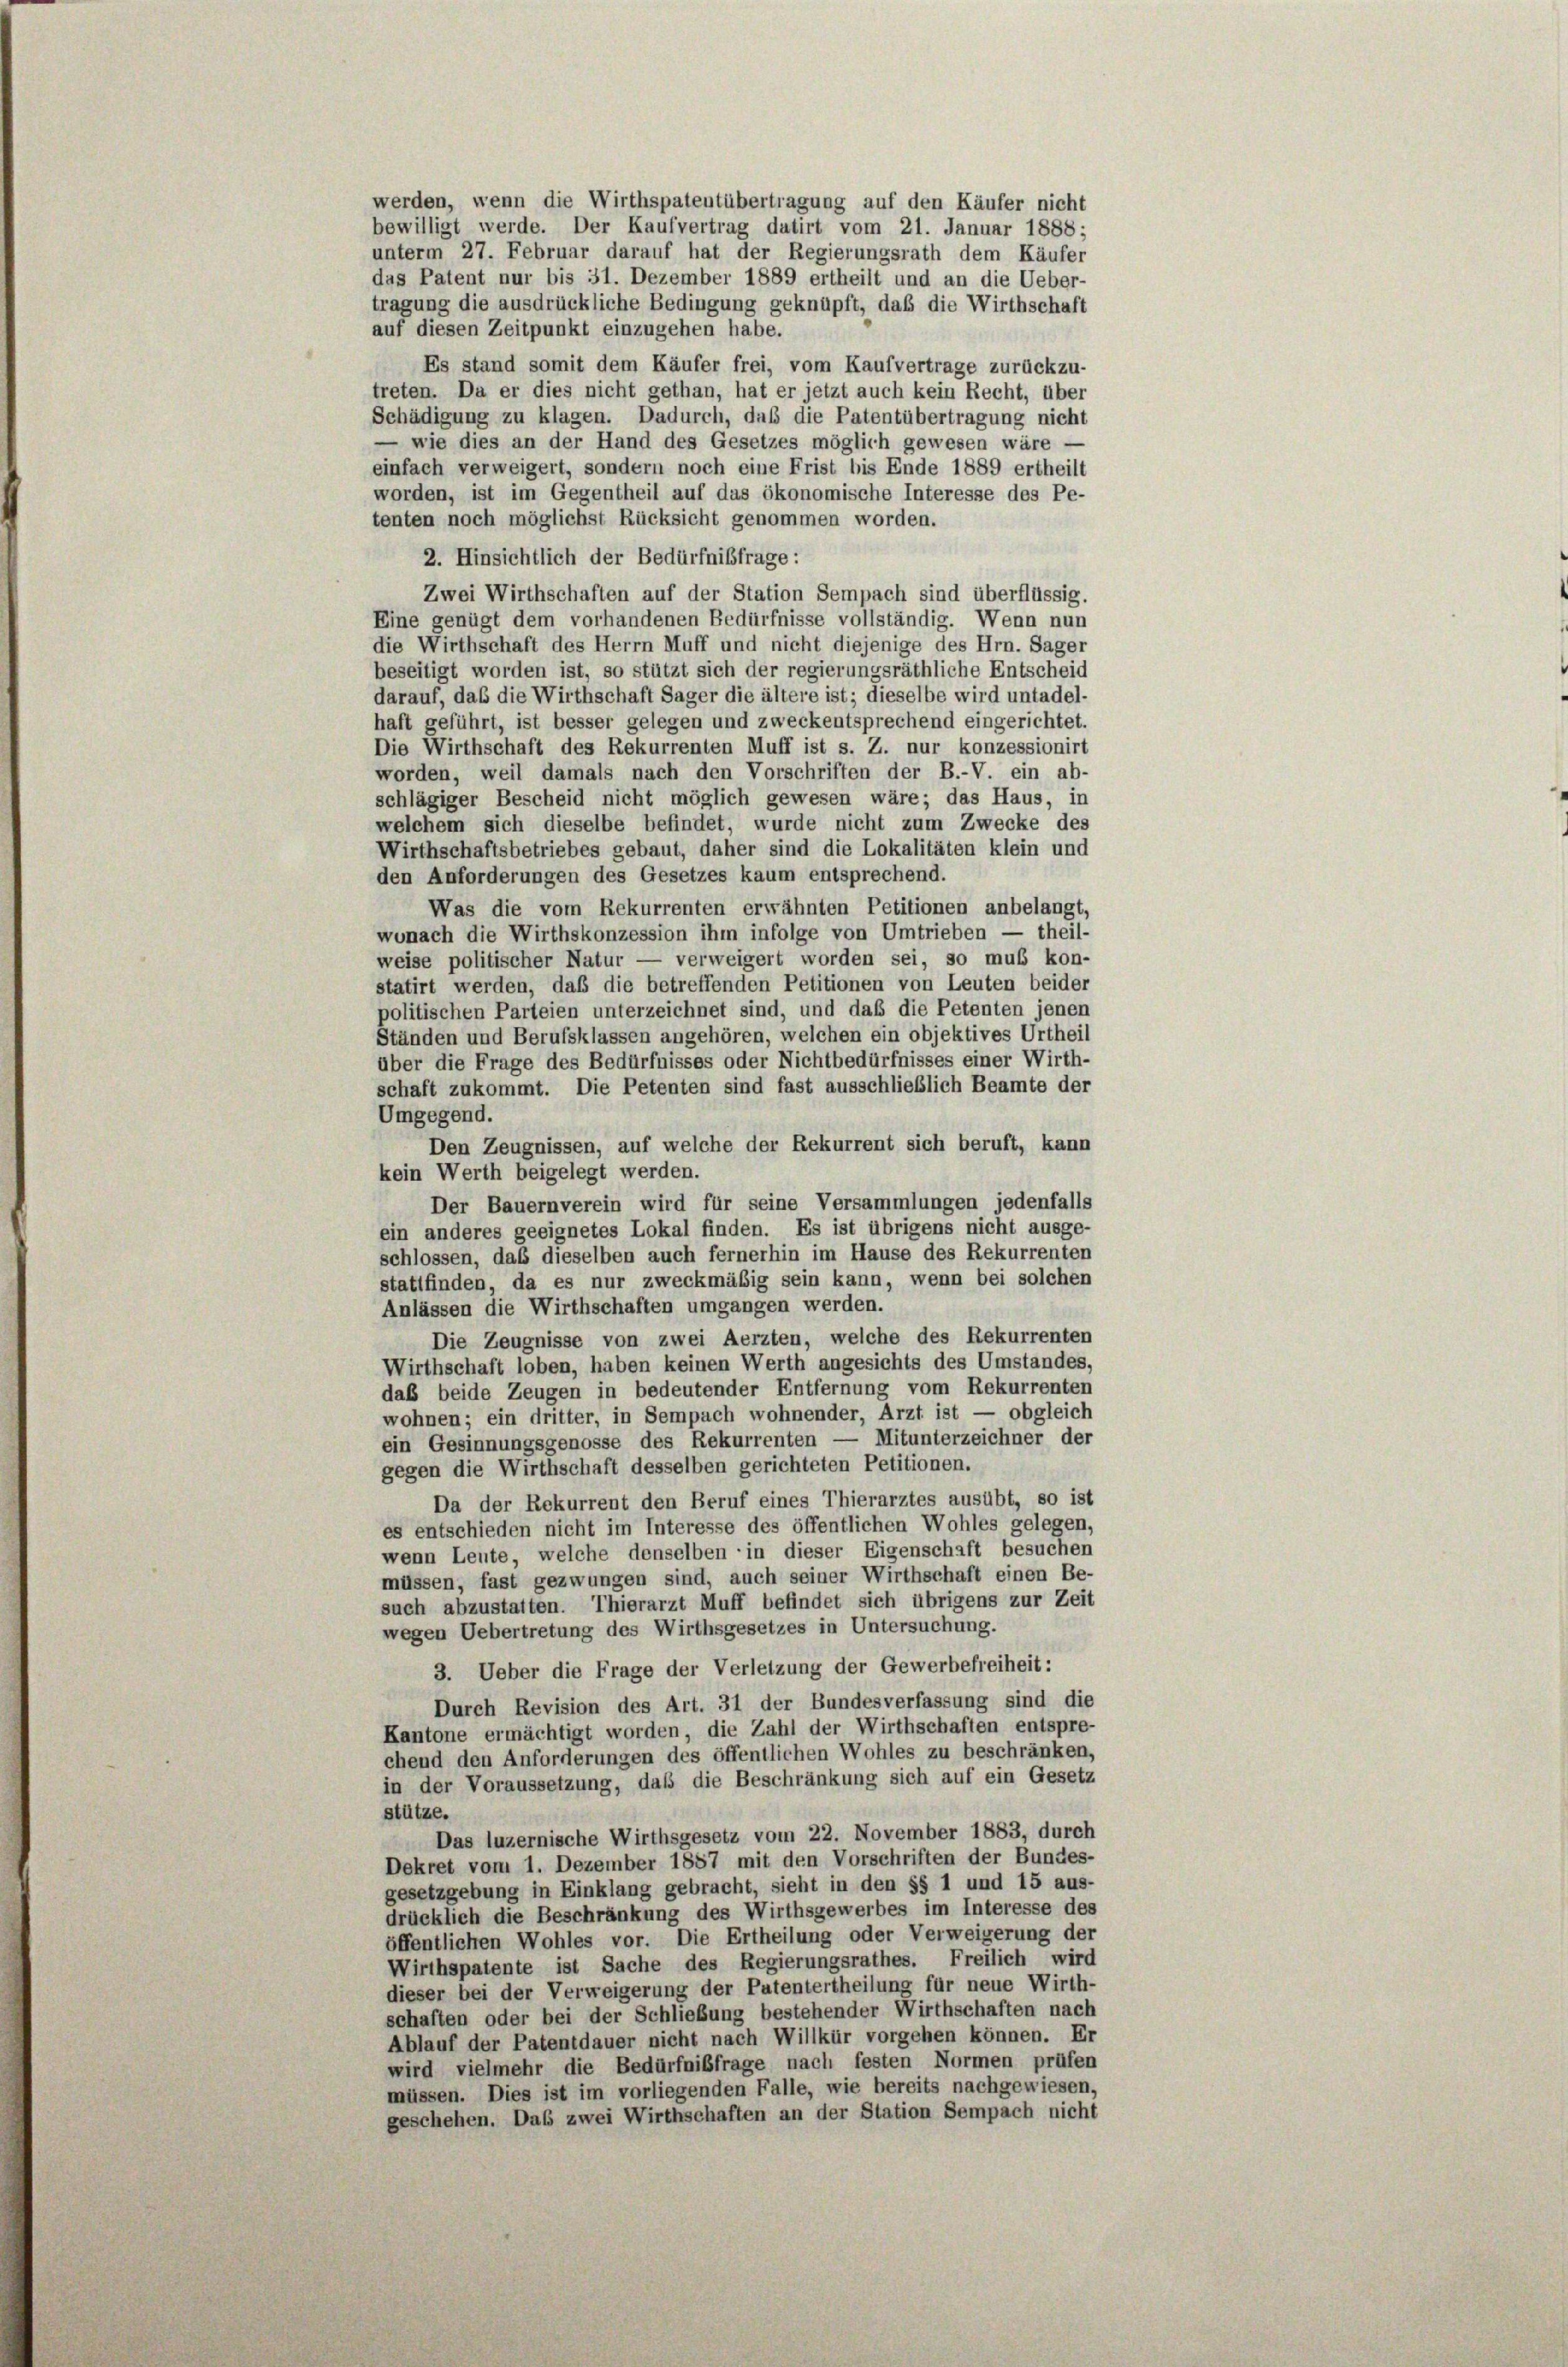
werden, wenn die Wirthspatentübertragung auf den Käufer nicht
bewilligt werde. Der Kaufvertrag datirt vom 21. Januar 1888;
unterm 27. Februar darauf hat der Regierungsrath dem Käufer
das Patent nur bis 31. Dezember 1889 ertheilt und an die Ueber-
tragung die ausdrückliche Bedingung geknüpft, daß die Wirthschaft
auf diesen Zeitpunkt einzugehen habe.
Es stand somit dem Käufer frei, vom Kaufvertrage zurückzu-
treten. Da er dies nicht gethan, hat er jetzt auch kein Recht, über
Schädigung zu klagen. Dadurch, daß die Patentübertragung nicht
— wie dies an der Hand des Gesetzes möglich gewesen wäre —
einfach verweigert, sondern noch eine Frist bis Ende 1889 ertheilt
worden, ist im Gegentheil auf das ökonomische Interesse des Pe-
tenten noch möglichst Rücksicht genommen worden.
2. Hinsichtlich der Bedürfnisfrage:
Zwei Wirthschaften auf der Station Sempach sind überflüssig.
Eine genügt dem vorhandenen Bedürfnisse vollständig. Wenn nun
die Wirthschaft des Herrn Muff und nicht diejenige des Hrn. Sager
beseitigt worden ist, so stützt sich der regierungsräthliche Entscheid
darauf, das die Wirthschaft Sager die ältere ist; dieselbe wird untadel-
haft geführt, ist besser gelegen und zweckentsprechend eingerichtet.
Die Wirthschaft des Rekurrenten Muff ist s. Z. nur konzessionirt
worden, weil damals nach den Vorschriften der B.-V. ein ab-
schlägiger Bescheid nicht möglich gewesen wäre; das Haus, in
welchem sich dieselbe befindet, wurde nicht zum Zwecke des
Wirthschaftsbetriebes gebaut, daher sind die Lokalitäten klein und
den Anforderungen des Gesetzes kaum entsprechend.
Was die vom Rekurrenten erwähnten Petitionen anbelangt,
wonach die Wirthskonzession ihm infolge von Umtrieben — theil-
weise politischer Natur — verweigert worden sei, so muß kon-
statirt werden, daß die betreffenden Petitionen von Leuten beider
politischen Parteien unterzeichnet sind, und daß die Petenten jenen
Ständen und Berufsklassen angehören, welchen ein objektives Urtheil
über die Frage des Bedürfnisses oder Nichtbedürfnisses einer Wirth-
schaft zukommt. Die Petenten sind fast ausschließlich Beamte der
Umgegend.
Den Zeugnissen, auf welche der Rekurrent sich beruft, kann
kein Werth beigelegt werden.
Der Bauernverein wird für seine Versammlungen jedenfalls
ein anderes geeignetes Lokal finden. Es ist übrigens nicht ausge-
schlossen, daß dieselben auch fernerhin im Hause des Rekurrenten
stattfinden, da es nur zweckmäßig sein kann, wenn bei solchen
Anlässen die Wirthschaften umgangen werden.
Die Zeugnisse von zwei Aerzten, welche des Rekurrenten
Wirthschaft loben, haben keinen Werth angesichts des Umstandes,
daß beide Zeugen in bedeutender Entfernung vom Rekurrenten
wohnen; ein dritter, in Sempach wohnender, Arzt ist — obgleich
ein Gesinnungsgenosse des Rekurrenten — Mitunterzeichner der
gegen die Wirthschaft desselben gerichteten Petitionen.
Da der Rekurrent den Beruf eines Thierarztes ausübt, so ist
es entschieden nicht im Interesse des öffentlichen Wohles gelegen,
wenn Leute, welche denselben in dieser Eigenschaft besuchen
müssen, fast gezwungen sind, auch seiner Wirthschaft einen Be-
such abzustatten. Thierarzt Muff befindet sich übrigens zur Zeit
wegen Uebertretung des Wirthsgesetzes in Untersuchung.
3. Ueber die Frage der Verletzung der Gewerbefreiheit:
Durch Revision des Art. 31 der Bundesverfassung sind die
Kantone ermächtigt worden, die Zahl der Wirthschaften entspre-
chend den Anforderungen des öffentlichen Wohles zu beschränken,
in der Voraussetzung, daß die Beschränkung sich auf ein Gesetz
stütze.
Das luzernische Wirthsgesetz vom 22. November 1883, durch
Dekret vom 1. Dezember 1887 mit den Vorschriften der Bundes-
gesetzgebung in Einklang gebracht, sieht in den §§ 1 und 15 aus-
drücklich die Beschränkung des Wirthsgewerbes im Interesse des
öffentlichen Wohles vor. Die Ertheilung oder Verweigerung der
Wirthspatente ist Sache des Regierungsrathes. Freilich wird
dieser bei der Verweigerung der Patentertheilung für neue Wirth-
schaften oder bei der Schließung bestehender Wirthschaften nach
Ablauf der Patentdauer nicht nach Willkür vorgehen können. Er
wird vielmehr die Bedürfnisfrage nach festen Normen prüfen
müssen. Dies ist im vorliegenden Falle, wie bereits nachgewiesen,
geschehen. Das zwei Wirthschaften an der Station Sempach nicht